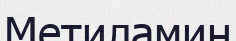
Метиламин